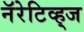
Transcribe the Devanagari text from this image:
नॅरेटिव्ह्‌ज